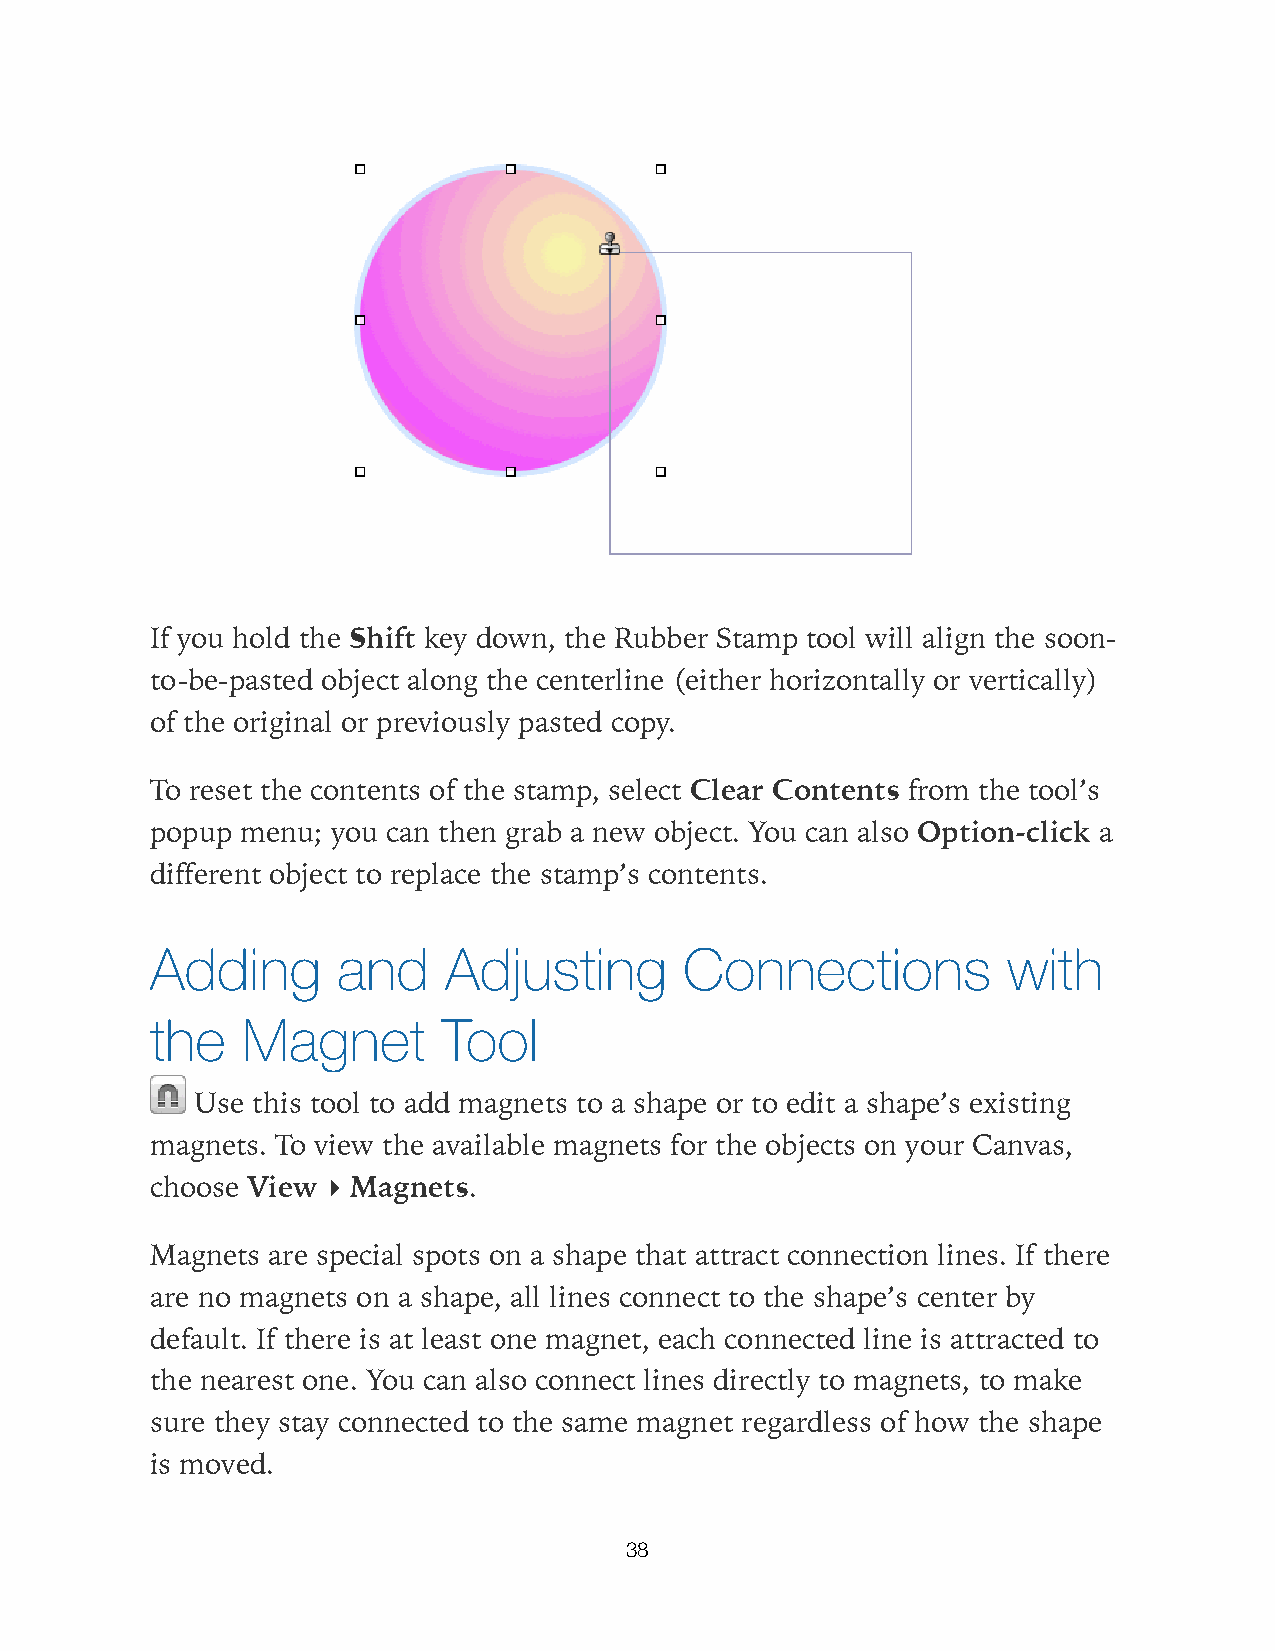
If you hold the Shift key down, the Rubber Stamp tool will align the soon-
 to-be-pasted object along the centerline (either horizontally or vertically)
 of the original or previously pasted copy.
 To reset the contents of the stamp, select Clear Contents from the tool’s
 popup menu; you can then grab a new object. You can also Option-click a
 different object to replace the stamp’s contents.
 Adding      and    Adjusting       Connections           with
 the   Magnet       Tool
 Use this tool to add magnets to a shape or to edit a shape’s existing
 magnets. To view the available magnets for the objects on your Canvas,
 choose View ▸ Magnets.
 Magnets are special spots on a shape that attract connection lines. If there
 are no magnets on a shape, all lines connect to the shape’s center by
 default. If there is at least one magnet, each connected line is attracted to
 the nearest one. You can also connect lines directly to magnets, to make
 sure they stay connected to the same magnet regardless of how the shape
 is moved.
 38